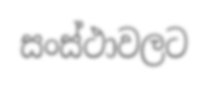
සංස්ථාවලට